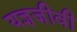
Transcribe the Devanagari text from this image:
यज्ञजीवी